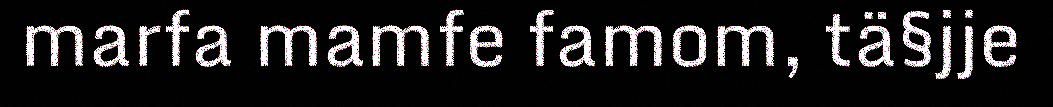
marfa mamfe famom, tä§jje